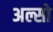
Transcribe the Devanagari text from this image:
अल्सो